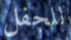
للحفل